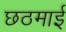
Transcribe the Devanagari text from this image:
छठमाई